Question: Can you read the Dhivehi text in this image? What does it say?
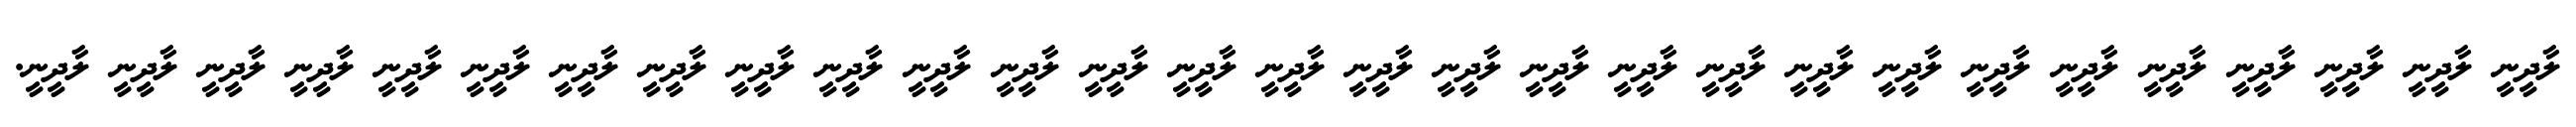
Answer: ލާދީނީ ލާދީނީ ލާދީނީ ލާދީނީ ލާދީނީ ލާދީނީ ލާދީނީ ލާދީނީ ލާދީނީ ލާދީނީ ލާދީނީ ލާދީނީ ލާދީނީ ލާދީނީ ލާދީނީ ލާދީނީ ލާދީނީ ލާދީނީ ލާދީނީ ލާދީނީ ލާދީނީ ލާދީނީ ލާދީނީ ލާދީނީ ލާދީނީ ލާދީނީ ލާދީނީ ލާދީނީ ލާދީނީ.